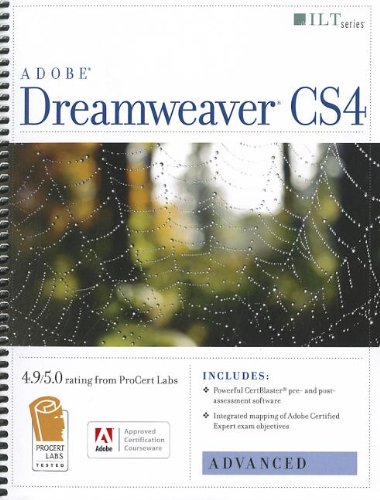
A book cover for Dreamweaver Cs4: Advanced, Ace Edition + Certblaster (ILT); Computers & Technology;